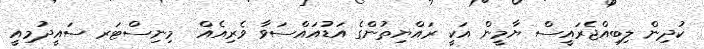
ކުދިން ލިބިއްޖެރައީސް ޔާމީން އަކީ ރައްޔިތުންގެ އަޑުއައްސަވާ ވެރިއެއް  މިނިސްޓަރ ސައީދުމިއީ